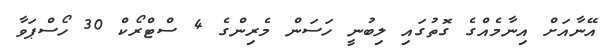
އޭނާއަށް އިނާމެއްގެ ގޮތުގައި ލިބުނީ ހަސަން މެރިންގެ 4 ސްޓްރޯކް 30 ހޯސްޕަވާ